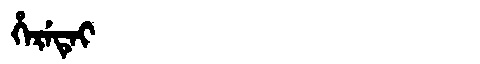
Manchu: ᡥᡝᡵᡝᡨᡝᡳ
Romanization: HERETEI